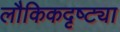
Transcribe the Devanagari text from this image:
लौकिकदृष्ट्या